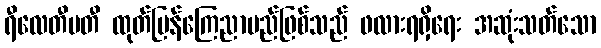
ရီလေတီဗတီ ထုတ်ပြန်ကြေညာမည်ဖြစ်သည် ဖလားရရှိရေး အဆုံးသတ်သော